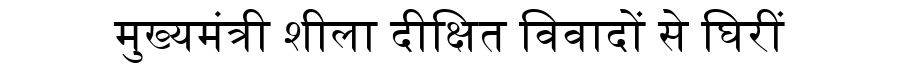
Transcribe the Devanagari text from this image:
मुख्यमंत्री शीला दीक्षित विवादों से घिरीं